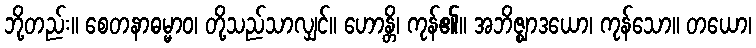
ဘို့တည်း။ စေတနာဓမ္မာဝ၊ တို့သည်သာလျှင်။ ဟောန္တိ၊ ကုန်၏။ အဘိဇ္ဈာဒယော၊ ကုန်သော။ တယော၊